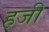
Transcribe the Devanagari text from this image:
हजीं